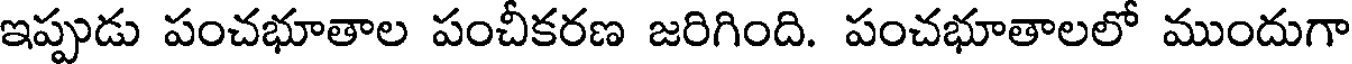
ఇప్పుడు పంచభూతాల పంచీకరణ జరిగింది. పంచభూతాలలో ముందుగా